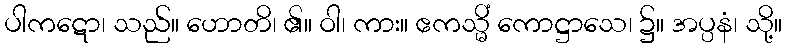
ပါကဋော၊ သည်။ ဟောတိ၊ ၏။ ဝါ၊ ကား။ ဧကသ္မိံ ကောဋ္ဌာသေ၊ ၌။ အပ္ပနံ၊ သို့။